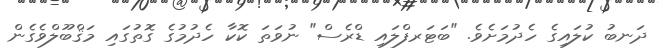
ދަނބު ކުލައިގެ ހެދުމަށެވެ. "ބަޓަރފްލައި ޑްރެސް" ނުވަތަ ކޮކާ ހެދުމުގެ ގޮތުގައި މަޤްބޫލްވެގެން